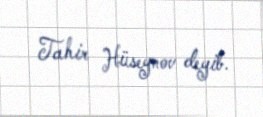
Tahir Hüseynov deyib.